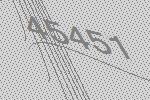
45451